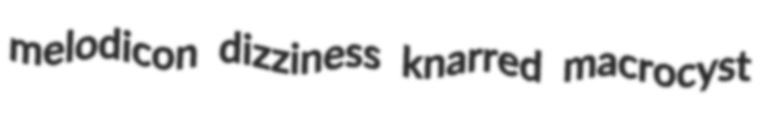
melodicon dizziness knarred macrocyst